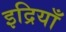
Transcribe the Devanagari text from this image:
इद्रियाँ